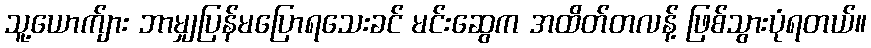
သူ့ယောက်ျား ဘာမျှပြန်မပြောရသေးခင် မင်းဆွေက အထိတ်တလန့် ဖြစ်သွားပုံရတယ်။